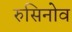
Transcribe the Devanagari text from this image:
रुसिनोव